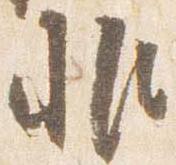
非